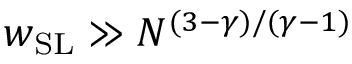
w _ { \mathrm { S L } } \gg N ^ { ( 3 - \gamma ) / ( \gamma - 1 ) }